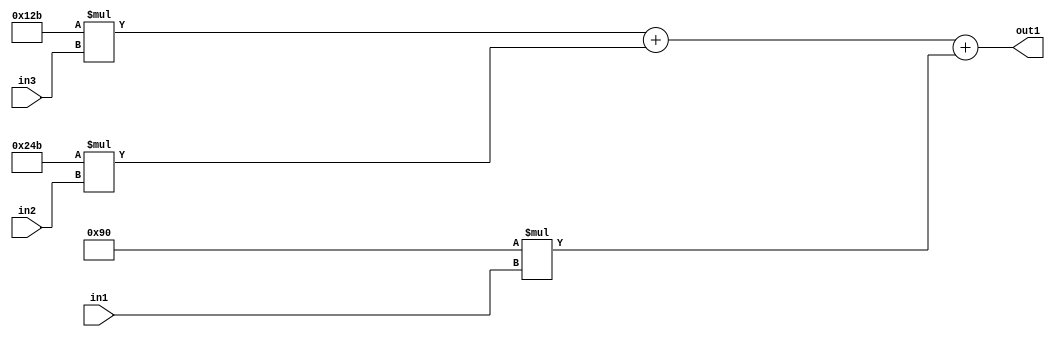
`timescale 1ps / 1ps
/*****************************************************************************
    Verilog RTL Description
    
    
    Created by: Stratus DpOpt 2019.1.01 
*******************************************************************************/

module SobelFilter_Add3Mul2i144u8Mul2iLLu8Mul2i299u8_1 (
	in3,
	in2,
	in1,
	out1
	); /* architecture "behavioural" */ 
input [7:0] in3,
	in2,
	in1;
output [18:0] out1;
wire [18:0] asc001;

wire [18:0] asc001_tmp_0;
wire [18:0] asc001_tmp_1;
assign asc001_tmp_1 = 
	+(19'B0000000000100101011 * in3);
assign asc001_tmp_0 = asc001_tmp_1
	+(19'B0000000001001001011 * in2);
assign asc001 = asc001_tmp_0
	+(19'B0000000000010010000 * in1);

assign out1 = asc001;
endmodule

/* CADENCE  v7b2TQE= : u9/ySgnWtBlWxVPRXgAZ4Og= ** DO NOT EDIT THIS LINE ******/